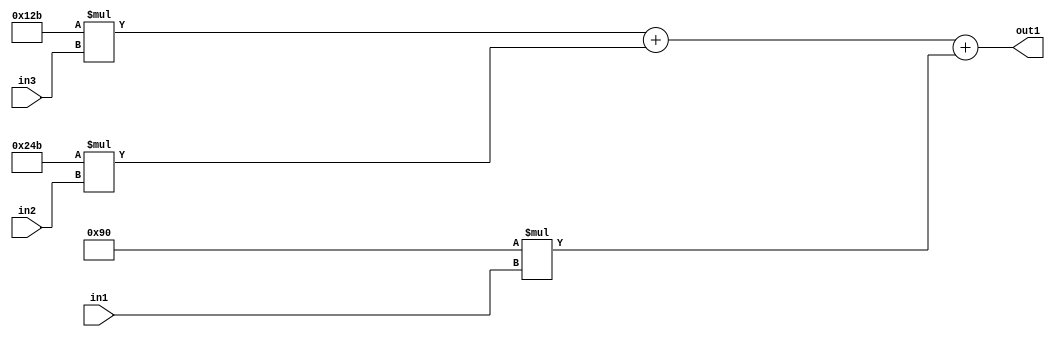
`timescale 1ps / 1ps
/*****************************************************************************
    Verilog RTL Description
    
    
    Created by: Stratus DpOpt 2019.1.01 
*******************************************************************************/

module SobelFilter_Add3Mul2i144u8Mul2iLLu8Mul2i299u8_1 (
	in3,
	in2,
	in1,
	out1
	); /* architecture "behavioural" */ 
input [7:0] in3,
	in2,
	in1;
output [18:0] out1;
wire [18:0] asc001;

wire [18:0] asc001_tmp_0;
wire [18:0] asc001_tmp_1;
assign asc001_tmp_1 = 
	+(19'B0000000000100101011 * in3);
assign asc001_tmp_0 = asc001_tmp_1
	+(19'B0000000001001001011 * in2);
assign asc001 = asc001_tmp_0
	+(19'B0000000000010010000 * in1);

assign out1 = asc001;
endmodule

/* CADENCE  v7b2TQE= : u9/ySgnWtBlWxVPRXgAZ4Og= ** DO NOT EDIT THIS LINE ******/